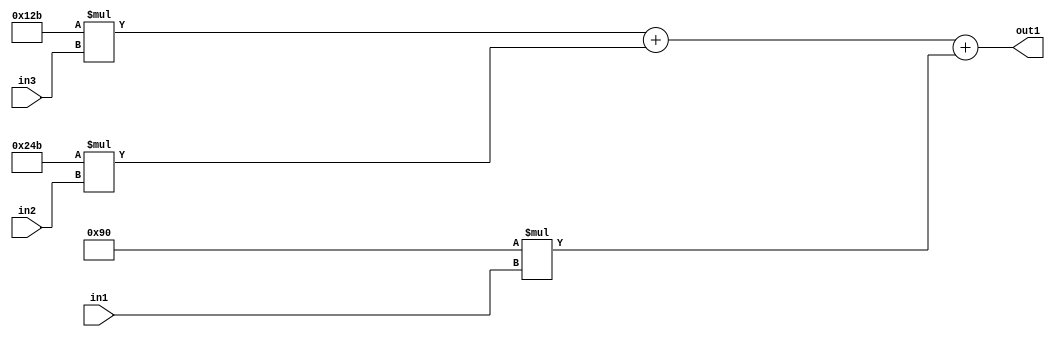
`timescale 1ps / 1ps
/*****************************************************************************
    Verilog RTL Description
    
    
    Created by: Stratus DpOpt 2019.1.01 
*******************************************************************************/

module SobelFilter_Add3Mul2i144u8Mul2iLLu8Mul2i299u8_1 (
	in3,
	in2,
	in1,
	out1
	); /* architecture "behavioural" */ 
input [7:0] in3,
	in2,
	in1;
output [18:0] out1;
wire [18:0] asc001;

wire [18:0] asc001_tmp_0;
wire [18:0] asc001_tmp_1;
assign asc001_tmp_1 = 
	+(19'B0000000000100101011 * in3);
assign asc001_tmp_0 = asc001_tmp_1
	+(19'B0000000001001001011 * in2);
assign asc001 = asc001_tmp_0
	+(19'B0000000000010010000 * in1);

assign out1 = asc001;
endmodule

/* CADENCE  v7b2TQE= : u9/ySgnWtBlWxVPRXgAZ4Og= ** DO NOT EDIT THIS LINE ******/